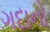
ગદાનો